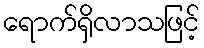
ရောက်ရှိလာသဖြင့်